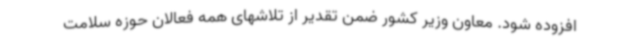
افزوده شود. معاون وزیر کشور ضمن تقدیر از تلاشهای همه فعالان حوزه سلامت